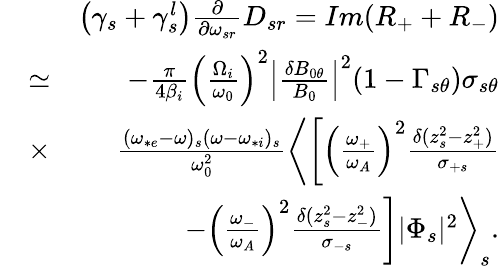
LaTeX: \begin{array}{rlr}&{}&{\left(\gamma_{s}+\gamma_{s}^{l}\right)\frac{\partial}{\partial\omega_{sr}}D_{sr}=Im(R_{+}+R_{-})}\\ &{\simeq}&{-\frac{\pi}{4\beta_{i}}\left(\frac{\Omega_{i}}{\omega_{0}}\right)^{2}\left|\frac{\delta B_{0\theta}}{B_{0}}\right|^{2}(1-\Gamma_{s\theta})\sigma_{s\theta}}\\ &{\times}&{\frac{(\omega_{*e}-\omega)_{s}(\omega-\omega_{*i})_{s}}{\omega_{0}^{2}}\left\langle\left[\left(\frac{\omega_{+}}{\omega_{A}}\right)^{2}\frac{\delta(z_{s}^{2}-z_{+}^{2})}{\sigma_{+s}}\right.\right.}\\ &{}&{\left.\left.-\left(\frac{\omega_{-}}{\omega_{A}}\right)^{2}\frac{\delta(z_{s}^{2}-z_{-}^{2})}{\sigma_{-s}}\right]|\Phi_{s}|^{2}\right\rangle_{s}.}\end{array}